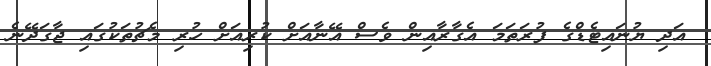
އަދި ޔުނައިޓެޑްގެ ފުރަތަމަ އެގާރާއިން ވެސް އޭނާއަށް ކުރިއަށް ހުރި މެޗުތަކުގައި ޖާގަދޭނެ